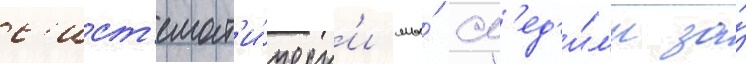
с'ист'емат'и́ческ'и мы́ сл'ед'и́л'и за́